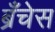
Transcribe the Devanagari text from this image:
ब्रँचेस